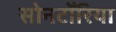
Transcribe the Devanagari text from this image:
सोनटोँरिया